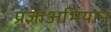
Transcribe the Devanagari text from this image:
प्रज्ञाअभियान